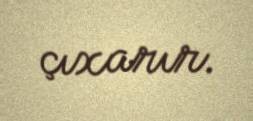
çıxarır.